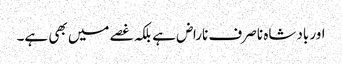
اور بادشاہ نا صرف ناراض ہے بلکہ غصے میں بھی ہے۔